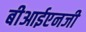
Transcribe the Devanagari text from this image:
बीआईएनजी